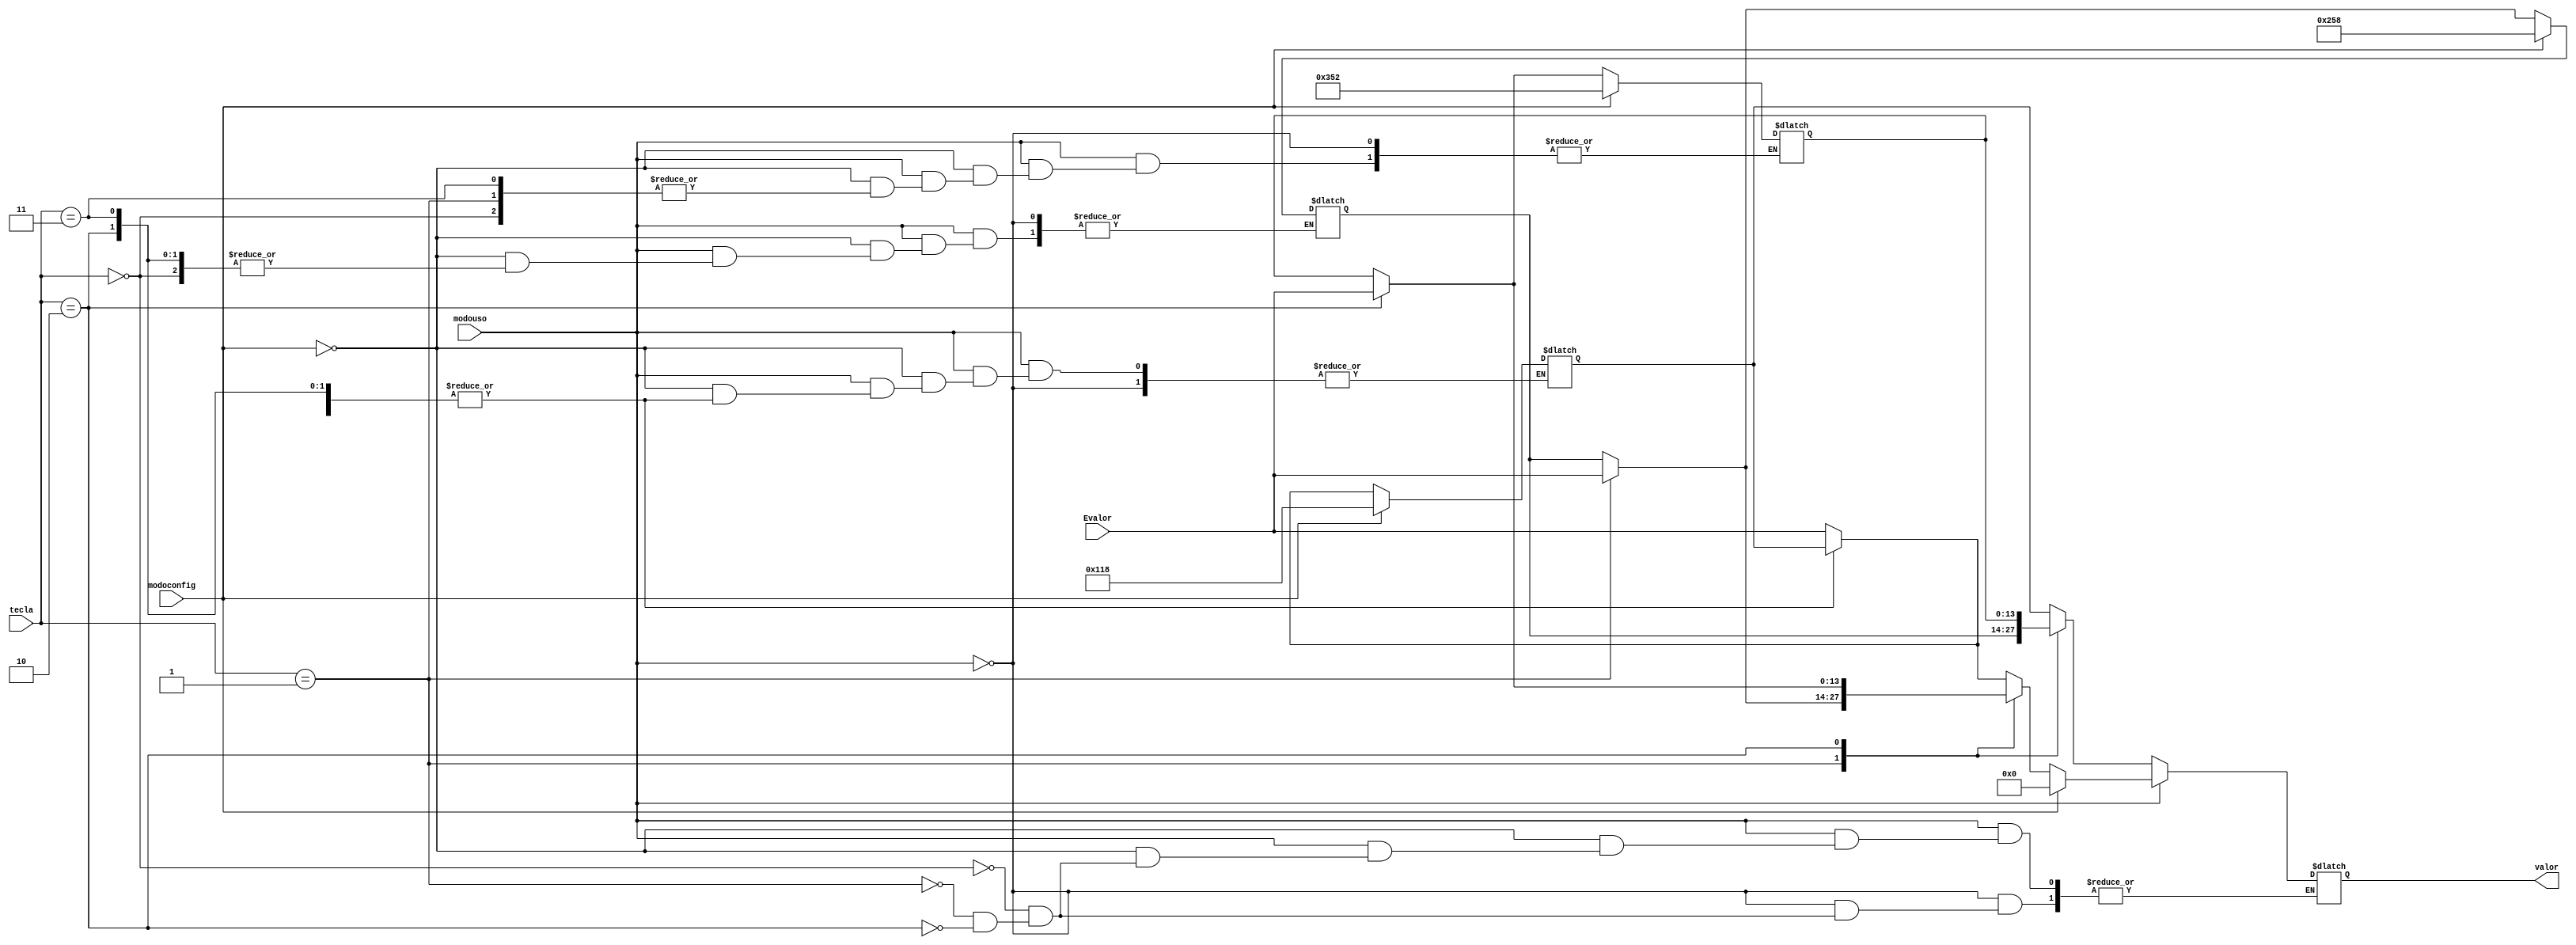
`timescale 1ns / 1ps
//////////////////////////////////////////////////////////////////////////////////
// Company: 
// Engineer: 
// 
// Design Name: 
// Module Name: MemPrecios
// Project Name: 
// Target Devices: 
// Tool Versions: 
// Description: 
// 
// Dependencies: 
// 
// Revision:
// Revision 0.01 - File Created
// Additional Comments:
// 
//////////////////////////////////////////////////////////////////////////////////


module MemPrecios(
    input [1:0] tecla,
    input modouso,
    input modoconfig,
    input [13:0] Evalor,
    output reg [13:0] valor
    );
    
    reg [13:0] q;
    reg [13:0] w;
    reg [13:0] e;
    reg [13:0] r;
    
    initial begin
        q = 280;
        w = 600;
        e = 850;
        r = 1000;
    end
    
     always @(*) begin
     case (modouso) // Modo Ventas
        1'b0:    
            begin 
           case(tecla)
             2'b00: valor = q;    
             2'b01: valor = w;
             2'b10: valor = e;
             2'b10: valor = r;
           endcase
           end
        1'b1:   
        begin case (modoconfig)
            1'b0: // Escribir precio
                 begin        
                       case(tecla)
                           2'b00: q = Evalor;    
                           2'b01: w = Evalor;
                           2'b10: e = Evalor;
                           2'b11: r = Evalor;
                       endcase
                         case(tecla)
                          2'b00: valor = q;    
                          2'b01: valor = w;
                          2'b10: valor = e;
                          2'b10: valor = r;
                        endcase
                   end
                    
           1'b1:    // Reset precios
                begin
                    q <= 280;
                    w <= 600;
                    e <= 850;
                    r <= 1000; 
                    valor <= 0;
                end
           endcase
           end
       endcase
       end
                
endmodule